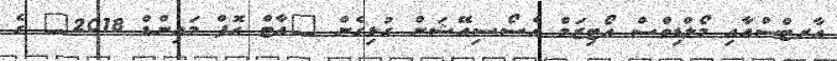
އާރޓްސްއާއި މޯލްޑިވްސް އޯޓިޒަމް އެސޯސިއޭޝަން ގުޅިގެން "އާޓް އޮފް މައިންޑް 2018" ގެ